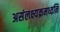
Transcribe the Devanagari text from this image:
असंलक्ष्यक्रमध्वनि